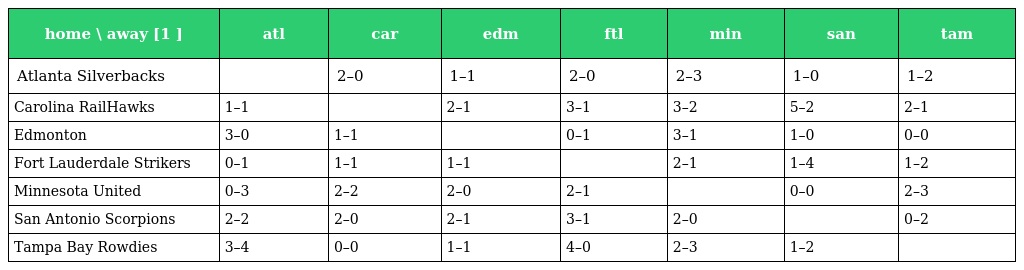
| home \ away [1 ] | atl | car | edm | ftl | min | san | tam |
 | --- | --- | --- | --- | --- | --- | --- | --- |
 | Atlanta Silverbacks |  | 2–0 | 1–1 | 2–0 | 2–3 | 1–0 | 1–2 |
 | Carolina RailHawks | 1–1 |  | 2–1 | 3–1 | 3–2 | 5–2 | 2–1 |
 | Edmonton | 3–0 | 1–1 |  | 0–1 | 3–1 | 1–0 | 0–0 |
 | Fort Lauderdale Strikers | 0–1 | 1–1 | 1–1 |  | 2–1 | 1–4 | 1–2 |
 | Minnesota United | 0–3 | 2–2 | 2–0 | 2–1 |  | 0–0 | 2–3 |
 | San Antonio Scorpions | 2–2 | 2–0 | 2–1 | 3–1 | 2–0 |  | 0–2 |
 | Tampa Bay Rowdies | 3–4 | 0–0 | 1–1 | 4–0 | 2–3 | 1–2 |  |